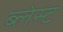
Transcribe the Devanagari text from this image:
ब्लेस्ट